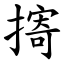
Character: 㨳